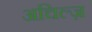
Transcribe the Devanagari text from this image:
अचिल्ज़